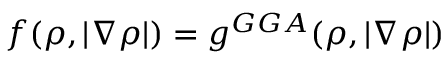
f ( \rho , | \nabla \rho | ) = g ^ { G G A } ( \rho , | \nabla \rho | )